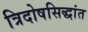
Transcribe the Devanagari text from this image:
त्रिदोषसिद्धांत